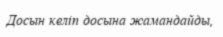
Досын келіп досына жамандайды,